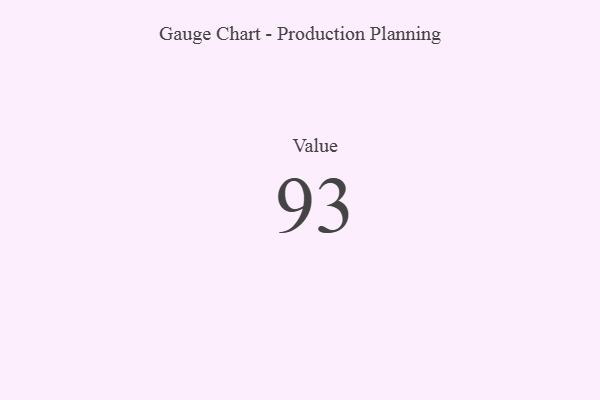
{"axis": {"x": "Metric", "y": "Value"}, "legend": [""], "data": [{"x": "Value", "y": 93, "type": ""}]}